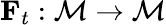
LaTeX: {\mathbf F}_{t}:\mathcal{M}\rightarrow\mathcal{M}